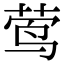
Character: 莺